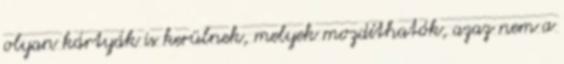
olyan kártyák is kerülnek, melyek mozdíthatók, azaz nem a